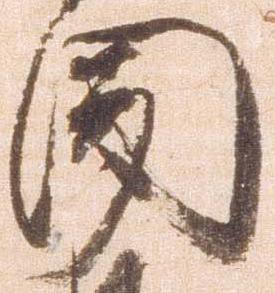
聞